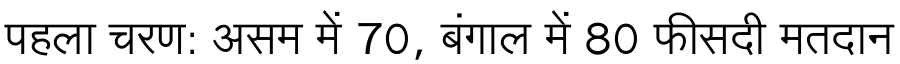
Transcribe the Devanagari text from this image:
पहला चरण: असम में 70, बंगाल में 80 फीसदी मतदान